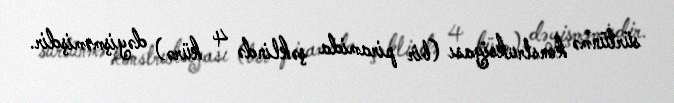
sürtünmə konstruksiyası (bir piramida şəklində 4 kürə) dəyişməmişdir.